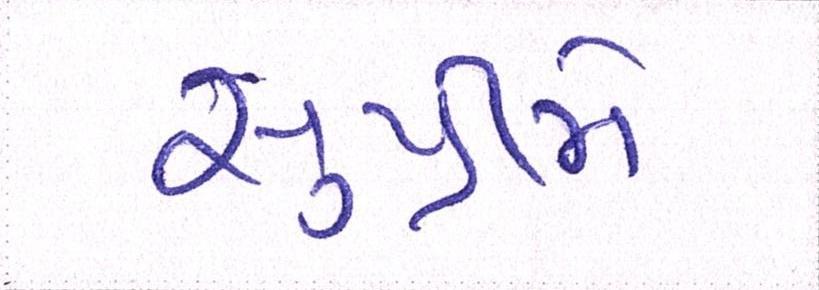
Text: સુપ્રીમે